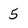
Character: 5